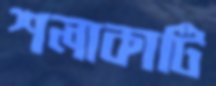
শলাকাটি